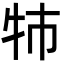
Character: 㸬